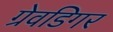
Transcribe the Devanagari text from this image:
ग्रेवडिगर